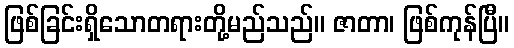
ဖြစ်ခြင်းရှိသောတရားတို့မည်သည်။ ဇာတာ၊ ဖြစ်ကုန်ပြီ။